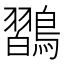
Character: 𪄶